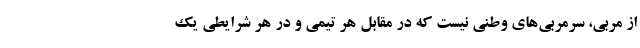
از مربی، سرمربی‌های وطنی نیست که در مقابل هر تیمی و در هر شرایطی یک